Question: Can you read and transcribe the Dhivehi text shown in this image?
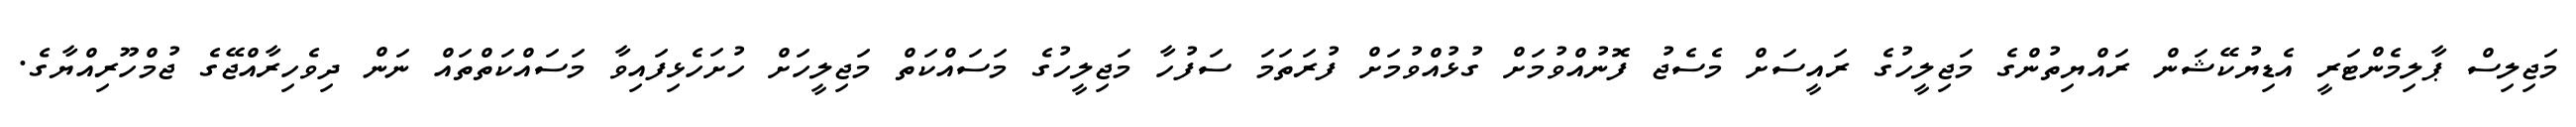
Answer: މަޖިލިސް ޕާލިމެންޓަރީ އެޑިޔުކޭޝަން ރައްޔިތުންގެ މަޖިލީހުގެ ރައީސަށް މެސެޖު ފޮނުއްވުމަށް ގުޅުއްވުމަށް ފުރަތަމަ ސަފުހާ މަޖިލީހުގެ މަސައްކަތް މަޖިލީހަށް ހުށަހެޅިފައިވާ މަސައްކަތްތައް ނަން ދިވެހިރާއްޖޭގެ ޖުމްހޫރިއްޔާގެ.